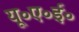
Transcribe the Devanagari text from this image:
यू॰ए॰ई॰